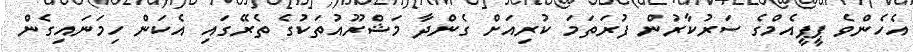
އެހެންވެ ޕީޕީއެމްގެ ސަރުކާރުން ފުރަތަމަ ކުރިއަށް ގެންދާ މަޝްރޫއުތަކުގެ ތެރޭގައި އެކަން ހިމަނައިގެން